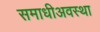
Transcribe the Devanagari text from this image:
समाधीअवस्था